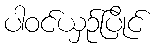
ပါဝင်ယှဉ်ပြိုင်